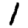
Digit: 1